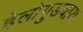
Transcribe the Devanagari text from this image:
हेलोगुडबाय